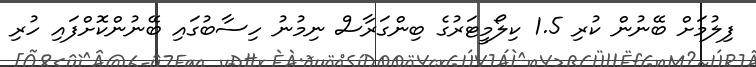
ފިލުމަށް ބޭނުން ކުރި 1.5 ކިލޯމީޓަރުގެ ބިންގަރާސް ނިމުނު ހިސާބުގައި ބޭނުންކޮށްފައި ހުރި